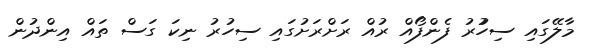
މާލޭގައި ސިހުުރު ފެންފޯއް ރުއް ރަށްރަށުގައި ސިހުރު ނިކަ ގަސް ތައް އިންދުން